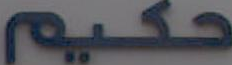
حكيم